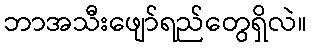
ဘာအသီးဖျော်ရည်တွေရှိလဲ။